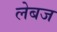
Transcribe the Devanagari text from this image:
लेबज